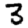
Digit: 3